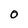
Character: 0